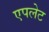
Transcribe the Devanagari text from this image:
एपलेट